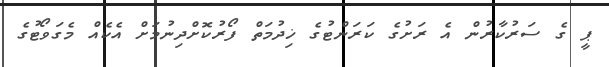
ޕީ ގެ ސަރުކާރުން އެ ރަށުގެ ކަރަންޓުގެ ޚިދުމަތް ފޯރުކޮށްދިނުމަށް އެކެއް މެގަވޯޓުގެ